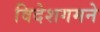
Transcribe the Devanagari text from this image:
विदेशगमने